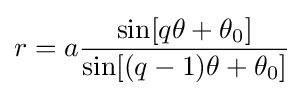
r=a{\frac {\sin[q\theta +\theta _{0}]}{\sin[(q-1)\theta +\theta _{0}]}}